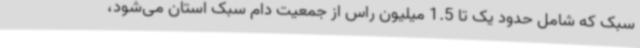
سبک که شامل حدود یک تا 1.5 میلیون راس از جمعیت دام سبک استان می‌شود،